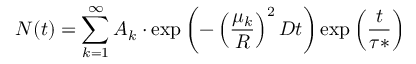
N ( t ) = \sum _ { k = 1 } ^ { \infty } A _ { k } \cdot \exp \left( - \left( \frac { \mu _ { k } } { R } \right) ^ { 2 } D t \right) \exp \left( \frac { t } { \tau * } \right)